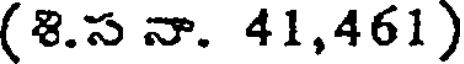
(8.స నా. 41,461)